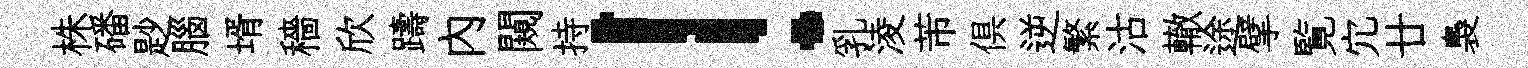
株磻尟腦壻穡欣躊内闚持！乳淩芾俱逆繁沽轍途擘覧宂廿裊